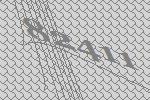
82411